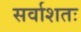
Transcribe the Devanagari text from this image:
सर्वाशतः